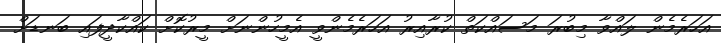
އަހަރެމެން ލައްވާ މިބުރަ މަސައްކަތް ކުރާއިރު އަހަރެމެންވީ އެމީހުންނަށް މީރުކޮށް ކައްކާދީފައި ބަނޑަށް